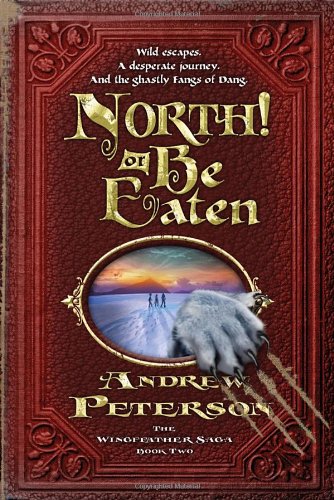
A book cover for North! Or Be Eaten (The Wingfeather Saga); Andrew Peterson; Christian Books & Bibles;